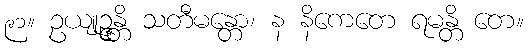
၉၁။ ဥယျုဉ္ဇန္တိ သတီမန္တော၊ န နိကေတေ ရမန္တိ တေ။